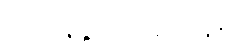
(၂) ပုနဗ္ဗသုကရဟန်း၊